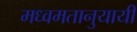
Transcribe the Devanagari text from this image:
मध्वमतानुयायी